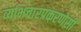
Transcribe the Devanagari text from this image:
व्यभिचारप्रकरणेसी